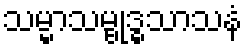
သမ္မာသမ္ဗုဒ္ဓသာသနံ